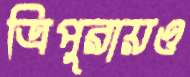
ত্রিপুরায়ও